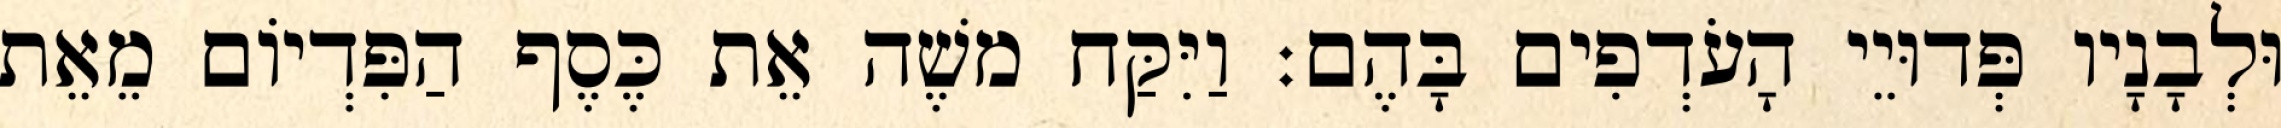
וּלְבָנָיו פְּדוּיֵי הָעֹדְפִים בָּהֶם׃ וַיִּקַּח משֶׁה אֵת כֶּסֶף הַפִּדְיוֹם מֵאֵת